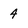
Character: 4